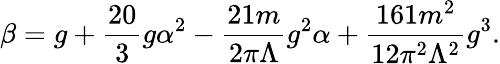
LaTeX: \beta=g+\frac{20}{3}g\alpha^{2}-\frac{21m}{2\pi\Lambda}g^{2}\alpha+\frac{161m^{2}}{12\pi^{2}\Lambda^{2}}g^{3}.